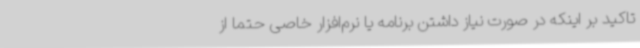
تاکید بر اینکه در صورت نیاز داشتن برنامه یا نرم‌افزار خاصی حتما از